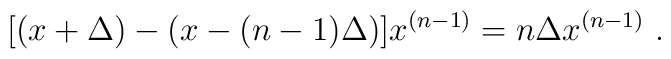
[(x +\Delta)-(x-(n-1)\Delta)]x^{(n-1)}=n\Delta x^{(n-1)}\ .